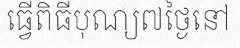
ធ្វើពិធីបុណ្យ៧ថ្ងៃនៅ